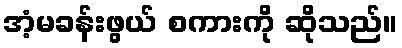
အံ့မခန်းဖွယ် စကားကို ဆိုသည်။